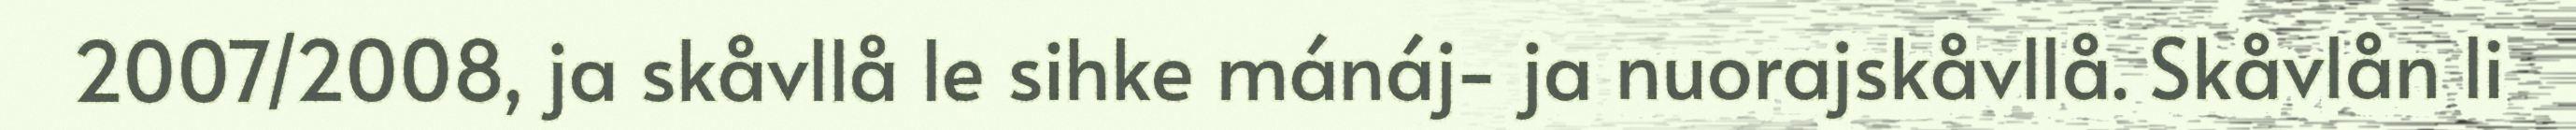
2007/2008, ja skåvllå le sihke mánáj- ja nuorajskåvllå. Skåvlån li